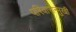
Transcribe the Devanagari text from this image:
परिवारोन्मुखी